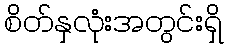
စိတ်နှလုံးအတွင်းရှိ